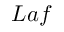
L a f